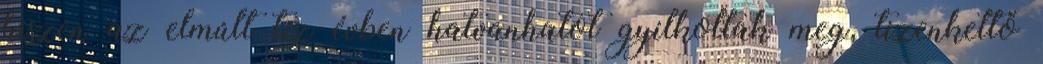
hiszen az elmúlt tíz évben hatvanhatot gyilkoltak meg, tizenkettő